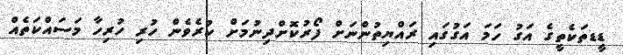
ޑީޑތަކެތީގެ އަގު ހަމަ އަގުގައި ރައްޔިތުންނަށް ފޯރުކޮށްދިނުމަށް ކުރެވެން ހުރި ހުރިހާ މަސައްކަތެއް